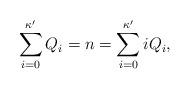
LaTeX: \begin{align*}\sum_{i=0}^{\kappa' } Q_i=n=\sum_{i=0}^{\kappa' } iQ_i,\end{align*}